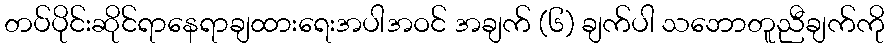
တပ်ပိုင်းဆိုင်ရာနေရာချထားရေးအပါအဝင် အချက် (၆) ချက်ပါ သဘောတူညီချက်ကို